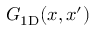
G _ { \mathrm { 1 D } } ( x , x ^ { \prime } )